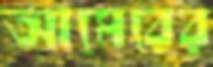
আমেরের